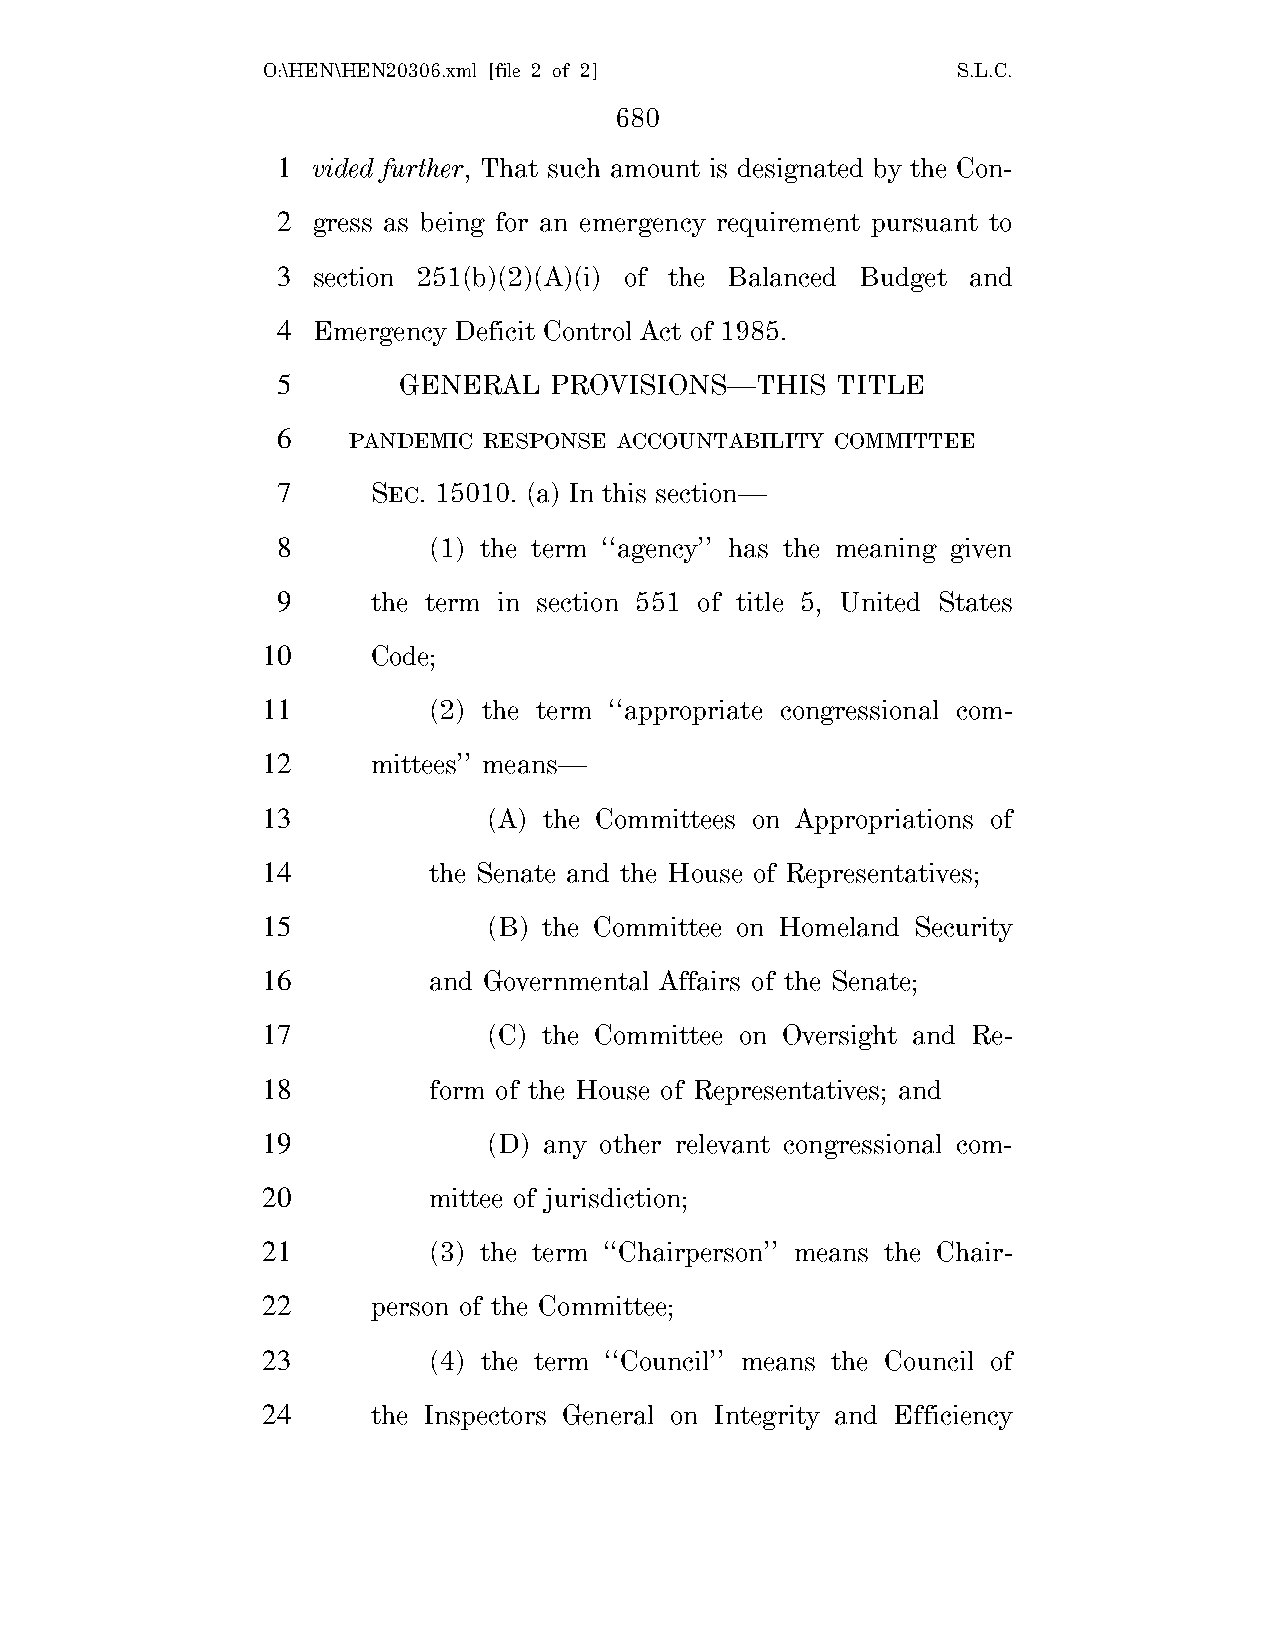
O:\HEN\HEN20306.xml [file 2 of 2]             S.L.C.
 680
 1  vided further, That such amount is designated by the Con-
 2  gress as being for an emergency requirement pursuant to
 3  section 251(b)(2)(A)(i) of the Balanced Budget and
 4  Emergency Deficit Control Act of 1985.
 5       GENERAL   PROVISIONS—THIS    TITLE
 6    PANDEMIC RESPONSE ACCOUNTABILITY COMMITTEE
 7      SEC. 15010. (a) In this section—
 8         (1) the term ‘‘agency’’ has the meaning given
 9      the term in section 551 of title 5, United States
 10      Code;
 11         (2) the term ‘‘appropriate congressional com-
 12      mittees’’ means—
 13             (A) the Committees on Appropriations of
 14         the Senate and the House of Representatives;
 15             (B) the Committee on Homeland Security
 16         and Governmental Affairs of the Senate;
 17             (C) the Committee on Oversight and Re-
 18         form of the House of Representatives; and
 19             (D) any other relevant congressional com-
 20         mittee of jurisdiction;
 21         (3) the term ‘‘Chairperson’’ means the Chair-
 22      person of the Committee;
 23         (4) the term ‘‘Council’’ means the Council of
 24      the Inspectors General on Integrity and Efficiency